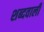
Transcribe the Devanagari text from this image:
शब्दवाली